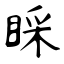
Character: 睬